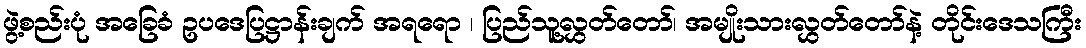
ဖွဲ့စည်းပုံ အခြေခံ ဥပဒေပြဋ္ဌာန်းချက် အရရော ၊ ပြည်သူ့လွှတ်တော်၊ အမျိုးသားလွှတ်တော်နဲ့ တိုင်းဒေသကြီး